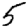
Digit: 5